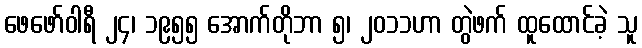
ဖေဖော်ဝါရီ ၂၄၊ ၁၉၅၅ အောက်တိုဘာ ၅၊ ၂၀၁၁ဟာ တွဲဖက် ထူထောင်ခဲ့ သူ